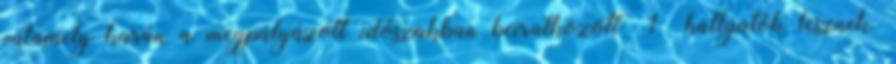
valamely karán a megpályázott időszakban beiratkozott 1 hallgatók lesznek.